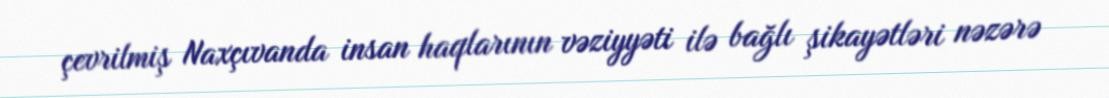
çevrilmiş Naxçıvanda insan haqlarının vəziyyəti ilə bağlı şikayətləri nəzərə